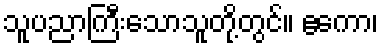
သူပညာကြီးသောသူတို့တွင်။ ဧကော၊